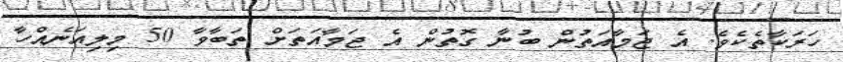
ހަރަކާތެކެވެ. އެ ޖަމާއަތުން ބުނާ ގޮތުން އެ ޖަމާއަތަށް ތަބާވާ 50 މިލިއަނެއްހާ